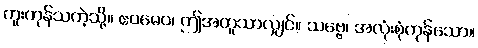
ကူးကုန်သကဲ့သို့။ ဧဝမေဝ၊ ဤအတူသာလျှင်။ သဗ္ဗေ၊ အလုံးစုံကုန်သော။